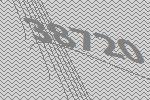
38720